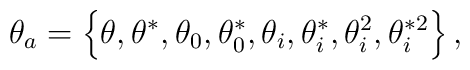
\theta _{a}=\left\{ \theta ,\theta ^{\ast },\theta _{0},\theta _{0}^{\ast},\theta _{i},\theta _{i}^{\ast },\theta _{i}^{2},\theta _{i}^{\ast2}\right\} ,